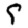
Digit: 5